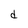
Character: d